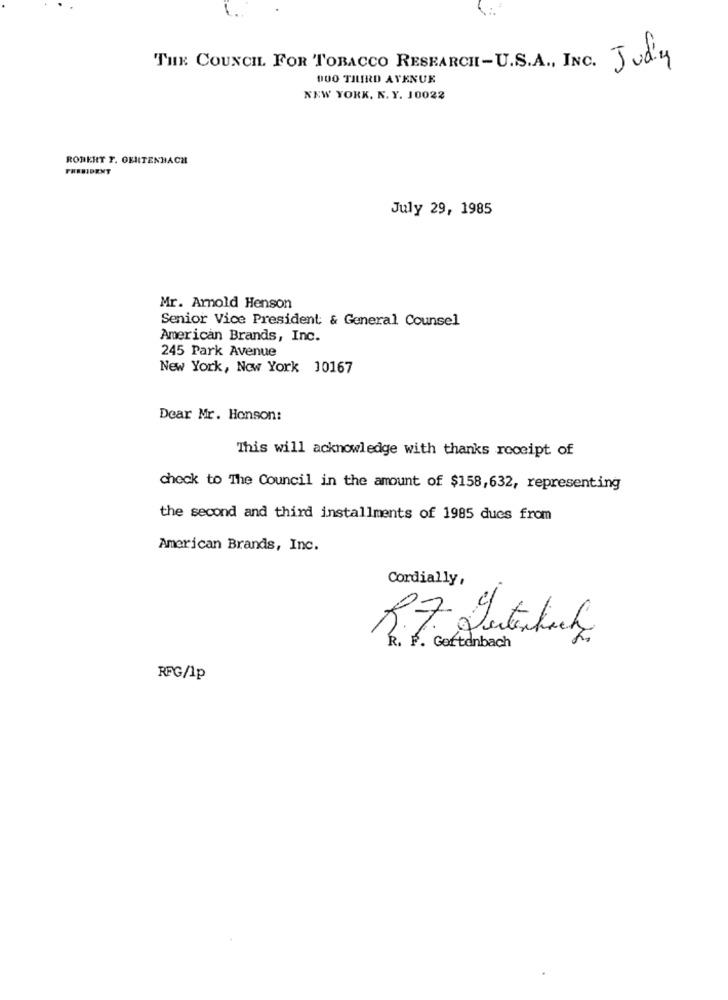
THE COUNCIL FOR TOBACCO RESEARCH-U.S.A ., INC. Judiy
DOO THIRD AVENUE
NEW YORK, N. Y. 10022
ROBERT T. OEUTENHACH
PRESIDENT
July 29, 1985
Mr. Arnold Henson
Senior Vice President: & General Counsel
American Brands, Inc.
245 Park Avenue
New York, New York 10167
Dear Mr. Honson:
This will acknowledge with thanks receipt of
check to The Council in the amount of $158,632, representing
the second and third installments of 1985 dues from
American Brands, Inc.
Cordially,
R.7. gertenkich
R. F. Gertdnbach
RFG/1p